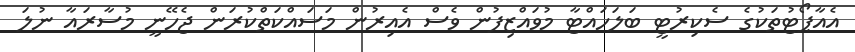
އެއާޕޯޓުތަކުގެ ސެކިރުޓީ ބަލަހައްޓާ މުވައްޒިފުން ވެސް އެއިރުން މަސައްކަތްކުރަން ޖެހޭނީ މުސާރައާ ނުލަ